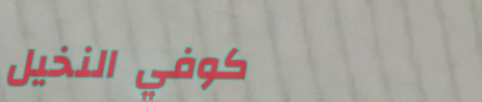
كوفي النخيل